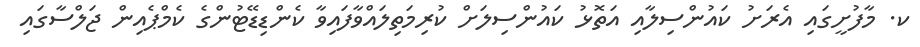
ކ. މާފުށީގައި އެރަށު ކައުންސިލާއި އަތޮޅު ކައުންސިލަށް ކުރިމަތިލައްވާފައިވާ ކެންޑިޑޭޓުންގެ ކެމްޕެއިން ޖަލްސާގައި